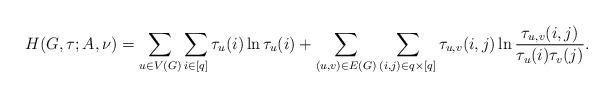
LaTeX: \begin{align*}H(G,\tau;A,\nu)=\sum_{u\in V(G)}\sum_{i\in [q]}\tau_u(i)\ln \tau_u(i)+\sum_{(u,v)\in E(G)}\sum_{(i,j)\in {q}\times [q]}\tau_{u,v}(i,j)\ln \frac{\tau_{u,v}(i,j)}{\tau_u(i)\tau_v(j)}.\end{align*}